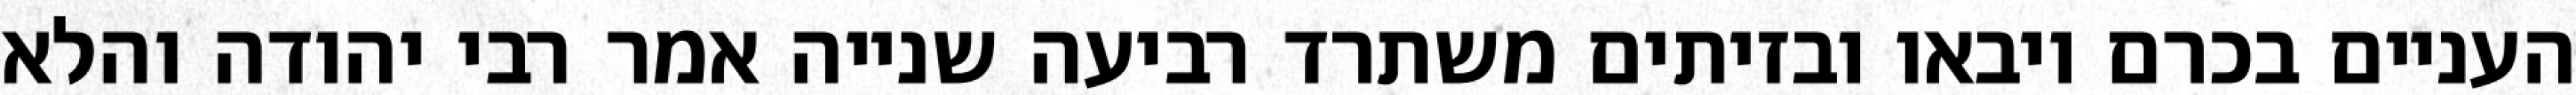
העניים בכרם ויבאו ובזיתים משתרד רביעה שנייה אמר רבי יהודה והלא